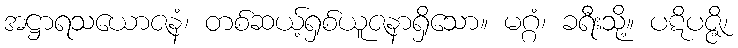
အဋ္ဌာရသယောဇနံ၊ တစ်ဆယ့်ရှစ်ယူဇနာရှိသော။ မဂ္ဂံ၊ ခရီးသို့။ ပဋိပဇ္ဇိ၊